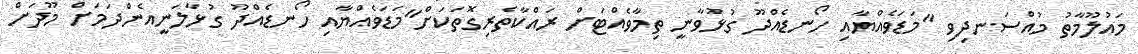
މައުލޫމާތު މުއްސަނދިވި "މަޑަވެއްޔާއި ހޯނޑެއްދޫ ގުޅުވާނީ ތިމާވެއްޓަށް ރައްކާތެރިގޮތަކަށް"މަޑަވެއްޔާއި ހޯނޑެއްދޫ ގުޅާލަނީއެންދަމަށް މޫދަށް